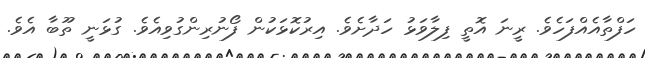
ހަފްތާއެއްފަހެވެ. ރީނަ އޮތީ ފިލާވަޅު ހަދާށެވެ. އިރުކޮޅަކުން ފޯނުރިންގުވިއެވެ. ގުޅަނީ ތޫބާ އެވެ.